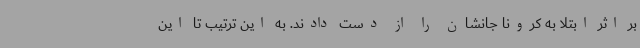
بر اثر ابتلا به کرونا جانشان را از دست دادند. به این ترتیب تا این